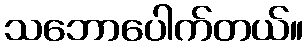
သဘောပေါက်တယ်။